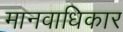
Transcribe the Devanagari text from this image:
मानवाधिकार